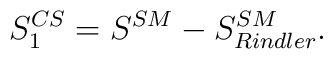
S^{CS}_1=S^{SM}-S^{SM}_{Rindler} .